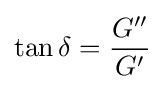
\tan \delta ={\frac {G''}{G'}}